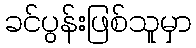
ခင်ပွန်းဖြစ်သူမှာ